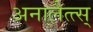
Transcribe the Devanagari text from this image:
अनालैत्त्स्